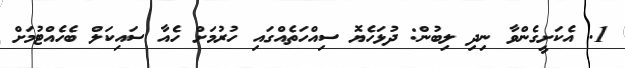
1. އެކަށީގެންވާ ނިދި ލިބުން: ދުޅަހެޔޮ ސިއްހަތެއްގައި ހުރުމަށް ހެއާ ސައިކަލް ބެހެއްޓުމަށް